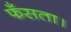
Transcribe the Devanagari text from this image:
फँसता।